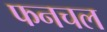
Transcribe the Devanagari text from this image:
फनचल